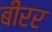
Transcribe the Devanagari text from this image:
बीरर